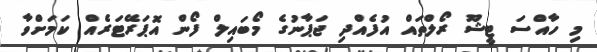
މި ހާއްސަ ޓީޝޫ ރޯލްތައް އުފެއްދި ޖަޕާނުގެ މޯބައިލް ފޯން އޮޕަރޭޓަރެއް ކަމަށްވާ